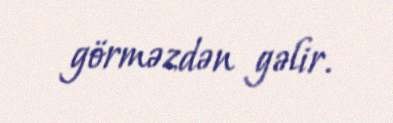
görməzdən gəlir.